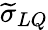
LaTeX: \widetilde\sigma_{LQ}